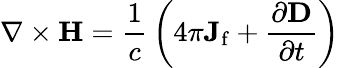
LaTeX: \nabla\times\mathbf{H}={\frac{1}{c}}\left(4\pi\mathbf{J}_{\mathrm{f}}+{\frac{\partial\mathbf{D}}{\partial t}}\right)